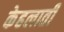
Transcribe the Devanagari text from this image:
केहलाती